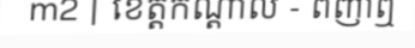
m2 | ខេត្តកណ្តាល - ពញាឮ